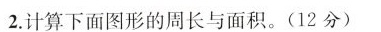
2.计算下面图形的周长与面积。（12分）